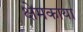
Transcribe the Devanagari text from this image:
क्षेमकाया